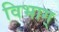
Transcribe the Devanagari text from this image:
विभाग्